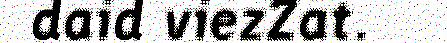
daid viezZat.